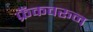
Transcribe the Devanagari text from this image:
फ्रँकवरून